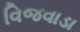
વિજવાડા